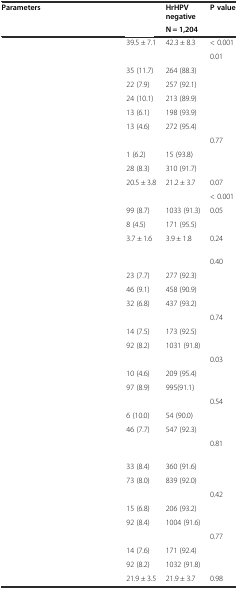
<table><thead><tr><td><b>Parameters</b></td><td>[EMPTY_CELL]</td><td><b>HrHPV negative</b></td><td><b>P value</b></td></tr><tr><td>[EMPTY_CELL]</td><td>[EMPTY_CELL]</td><td><b>N = 1,204</b></td><td>[EMPTY_CELL]</td></tr></thead><tbody><tr><td>[EMPTY_CELL]</td><td>39.5 ± 7.1</td><td>42.3 ± 8.3</td><td>&lt; 0.001</td></tr><tr><td>[EMPTY_CELL]</td><td>[EMPTY_CELL]</td><td>[EMPTY_CELL]</td><td>0.01</td></tr><tr><td>[EMPTY_CELL]</td><td>35 (11.7)</td><td>264 (88.3)</td><td>[EMPTY_CELL]</td></tr><tr><td>[EMPTY_CELL]</td><td>22 (7.9)</td><td>257 (92.1)</td><td>[EMPTY_CELL]</td></tr><tr><td>[EMPTY_CELL]</td><td>24 (10.1)</td><td>213 (89.9)</td><td>[EMPTY_CELL]</td></tr><tr><td>[EMPTY_CELL]</td><td>13 (6.1)</td><td>198 (93.9)</td><td>[EMPTY_CELL]</td></tr><tr><td>[EMPTY_CELL]</td><td>13 (4.6)</td><td>272 (95.4)</td><td>[EMPTY_CELL]</td></tr><tr><td>[EMPTY_CELL]</td><td>[EMPTY_CELL]</td><td>[EMPTY_CELL]</td><td>0.77</td></tr><tr><td>[EMPTY_CELL]</td><td>1 (6.2)</td><td>15 (93.8)</td><td>[EMPTY_CELL]</td></tr><tr><td>[EMPTY_CELL]</td><td>28 (8.3)</td><td>310 (91.7)</td><td>[EMPTY_CELL]</td></tr><tr><td>[EMPTY_CELL]</td><td>20.5 ± 3.8</td><td>21.2 ± 3.7</td><td>0.07</td></tr><tr><td>[EMPTY_CELL]</td><td>[EMPTY_CELL]</td><td>[EMPTY_CELL]</td><td>&lt; 0.001</td></tr><tr><td>[EMPTY_CELL]</td><td>99 (8.7)</td><td>1033 (91.3)</td><td>0.05</td></tr><tr><td>[EMPTY_CELL]</td><td>8 (4.5)</td><td>171 (95.5)</td><td>[EMPTY_CELL]</td></tr><tr><td>[EMPTY_CELL]</td><td>3.7 ± 1.6</td><td>3.9 ± 1.8</td><td>0.24</td></tr><tr><td>[EMPTY_CELL]</td><td>[EMPTY_CELL]</td><td>[EMPTY_CELL]</td><td>0.40</td></tr><tr><td>[EMPTY_CELL]</td><td>23 (7.7)</td><td>277 (92.3)</td><td>[EMPTY_CELL]</td></tr><tr><td>[EMPTY_CELL]</td><td>46 (9.1)</td><td>458 (90.9)</td><td>[EMPTY_CELL]</td></tr><tr><td>[EMPTY_CELL]</td><td>32 (6.8)</td><td>437 (93.2)</td><td>[EMPTY_CELL]</td></tr><tr><td>[EMPTY_CELL]</td><td>[EMPTY_CELL]</td><td>[EMPTY_CELL]</td><td>0.74</td></tr><tr><td>[EMPTY_CELL]</td><td>14 (7.5)</td><td>173 (92.5)</td><td>[EMPTY_CELL]</td></tr><tr><td>[EMPTY_CELL]</td><td>92 (8.2)</td><td>1031 (91.8)</td><td>[EMPTY_CELL]</td></tr><tr><td>[EMPTY_CELL]</td><td>[EMPTY_CELL]</td><td>[EMPTY_CELL]</td><td>0.03</td></tr><tr><td>[EMPTY_CELL]</td><td>10 (4.6)</td><td>209 (95.4)</td><td>[EMPTY_CELL]</td></tr><tr><td>[EMPTY_CELL]</td><td>97 (8.9)</td><td>995(91.1)</td><td>[EMPTY_CELL]</td></tr><tr><td>[EMPTY_CELL]</td><td>[EMPTY_CELL]</td><td>[EMPTY_CELL]</td><td>0.54</td></tr><tr><td>[EMPTY_CELL]</td><td>6 (10.0)</td><td>54 (90.0)</td><td>[EMPTY_CELL]</td></tr><tr><td>[EMPTY_CELL]</td><td>46 (7.7)</td><td>547 (92.3)</td><td>[EMPTY_CELL]</td></tr><tr><td>[EMPTY_CELL]</td><td>[EMPTY_CELL]</td><td>[EMPTY_CELL]</td><td>0.81</td></tr><tr><td>[EMPTY_CELL]</td><td>33 (8.4)</td><td>360 (91.6)</td><td>[EMPTY_CELL]</td></tr><tr><td>[EMPTY_CELL]</td><td>73 (8.0)</td><td>839 (92.0)</td><td>[EMPTY_CELL]</td></tr><tr><td>[EMPTY_CELL]</td><td>[EMPTY_CELL]</td><td>[EMPTY_CELL]</td><td>0.42</td></tr><tr><td>[EMPTY_CELL]</td><td>15 (6.8)</td><td>206 (93.2)</td><td>[EMPTY_CELL]</td></tr><tr><td>[EMPTY_CELL]</td><td>92 (8.4)</td><td>1004 (91.6)</td><td>[EMPTY_CELL]</td></tr><tr><td>[EMPTY_CELL]</td><td>[EMPTY_CELL]</td><td>[EMPTY_CELL]</td><td>0.77</td></tr><tr><td>[EMPTY_CELL]</td><td>14 (7.6)</td><td>171 (92.4)</td><td>[EMPTY_CELL]</td></tr><tr><td>[EMPTY_CELL]</td><td>92 (8.2)</td><td>1032 (91.8)</td><td>[EMPTY_CELL]</td></tr><tr><td>[EMPTY_CELL]</td><td>21.9 ± 3.5</td><td>21.9 ± 3.7</td><td>0.98</td></tr></tbody></table>